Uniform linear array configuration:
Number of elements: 8
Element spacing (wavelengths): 0.25
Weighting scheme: kaiser
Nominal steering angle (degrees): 30
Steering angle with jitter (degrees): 30.305
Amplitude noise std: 0.05
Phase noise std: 0.05

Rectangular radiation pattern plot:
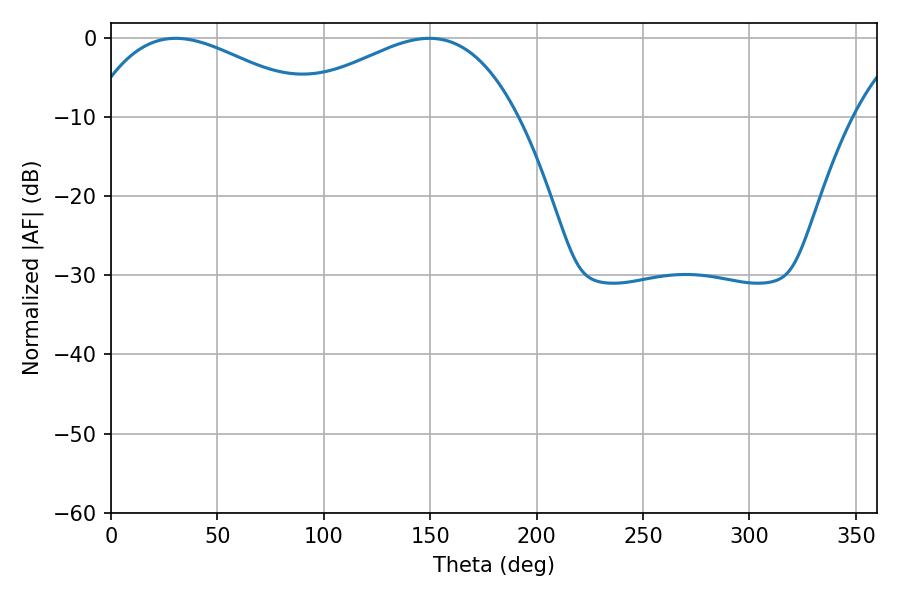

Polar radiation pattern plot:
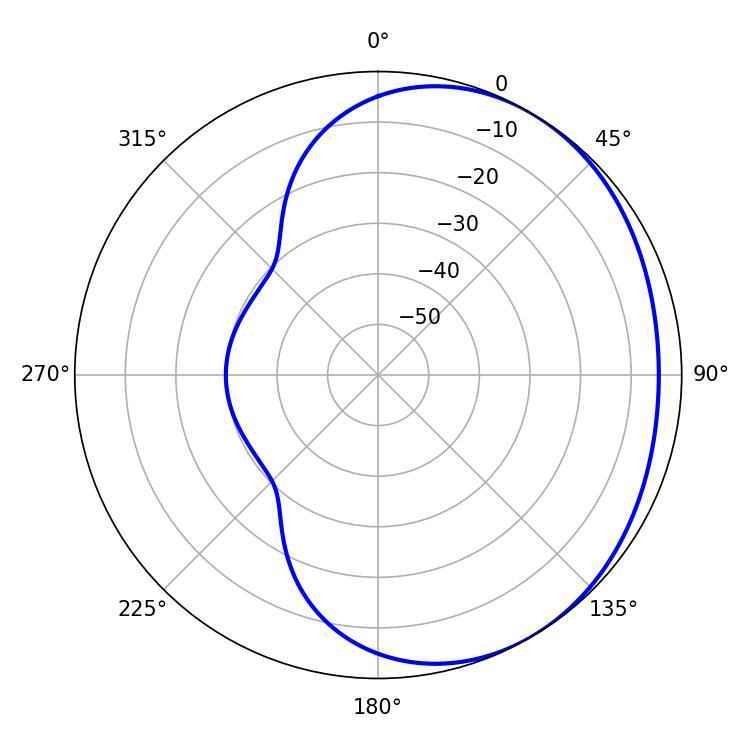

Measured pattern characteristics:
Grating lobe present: FALSE
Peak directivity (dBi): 2.12
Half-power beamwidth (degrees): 59.4
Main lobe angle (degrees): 30.42